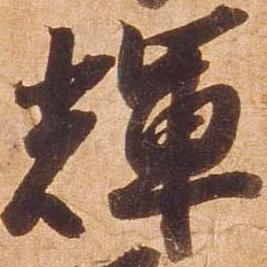
輝